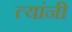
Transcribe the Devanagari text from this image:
त्‍यांंनी